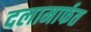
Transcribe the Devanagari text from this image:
दलामार्फत